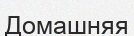
Домашняя